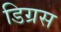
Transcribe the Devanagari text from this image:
डिग्रस